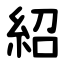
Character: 紹